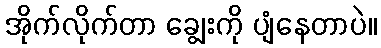
အိုက်လိုက်တာ ချွေးကို ပျံနေတာပဲ။